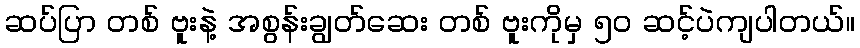
ဆပ်ပြာ တစ် ဗူးနဲ့ အစွန်းချွတ်ဆေး တစ် ဗူးကိုမှ ၅၀ ဆင့်ပဲကျပါတယ်။